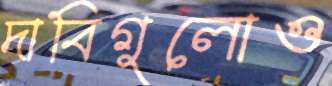
দাবিগুলোও